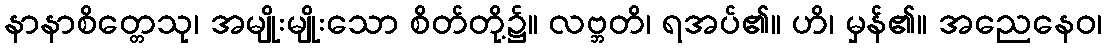
နာနာစိတ္တေသု၊ အမျိုးမျိုးသော စိတ်တို့၌။ လဗ္ဘတိ၊ ရအပ်၏။ ဟိ၊ မှန်၏။ အညေနေဝ၊